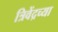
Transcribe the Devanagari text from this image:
त्रिवेंद्रच्या